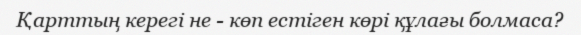
Қарттың керегі не - көп естіген көрі құлағы болмаса?